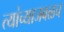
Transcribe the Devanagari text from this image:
त्यांच्याजवळच